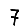
Digit: 7